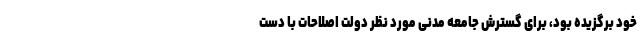
خود برگزیده بود، برای گسترش جامعه مدنی مورد نظر دولت اصلاحات با دست